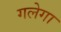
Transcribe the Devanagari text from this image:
गलेगा